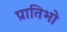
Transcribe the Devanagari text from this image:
प्रातिभो